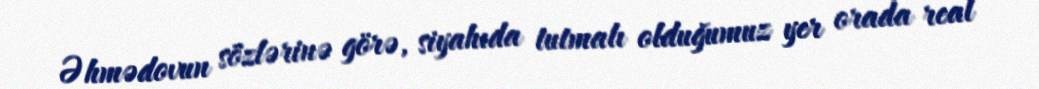
Əhmədovun sözlərinə görə, siyahıda tutmalı olduğumuz yer orada real